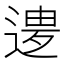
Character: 𲅨